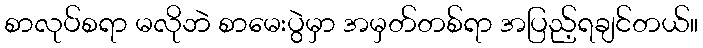
စာလုပ်စရာ မလိုဘဲ စာမေးပွဲမှာ အမှတ်တစ်ရာ အပြည့်ရချင်တယ်။